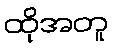
ထိုအတူ